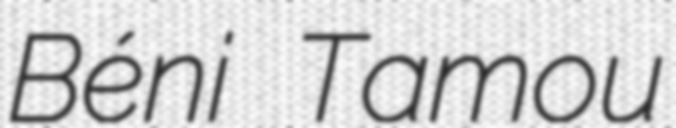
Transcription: Béni Tamou